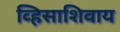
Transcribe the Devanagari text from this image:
व्हिसाशिवाय